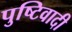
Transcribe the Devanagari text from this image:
पुष्टिवादी